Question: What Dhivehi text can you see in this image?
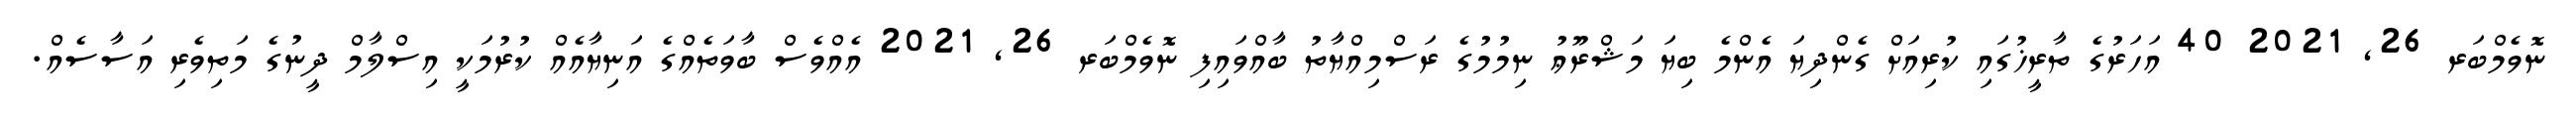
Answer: ނޮވެމްބަރ 26, 2021 40 އަހަރުގެ ތާރީޚުގައި ކުރިއަށް ގެންދިޔަ އެންމެ ބިޔަ މަޝްރޫޢު ނިމުމުގެ ރަސްމިއްޔާތު ބާއްވައިފި ނޮވެމްބަރ 26, 2021 އެއްވެސް ބާވަތެއްގެ އަނިޔާއެއް ކުރުމަކީ އިސްލާމް ދީނުގެ މަތިވެރި އަސާސެއް.